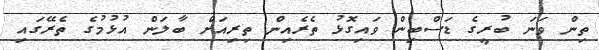
ތިން ވަނަ ބުރީގެ ޑަސްބިން ވައިގޮޅު ތެރެއިން ތިރިއަށް ބާލަން އުޅުމުގެ ތެރޭގައި